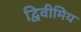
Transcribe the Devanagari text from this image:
द्विवीमिय